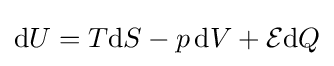
\mathrm {d} U=T\mathrm {d} S-p\,\mathrm {d} V+{\mathcal {E}}\mathrm {d} Q